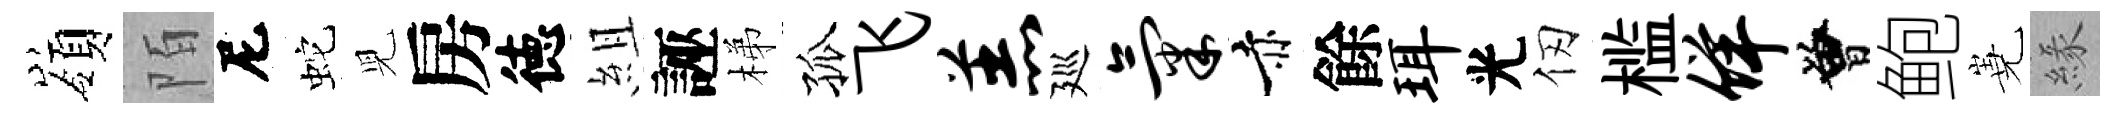
嶺陌尼蛇児房徳組誣梯孤飞羔廵气赤餘珥光仞槛佯曾鲍嶤緣